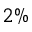
2 \%